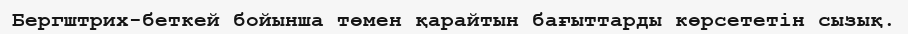
Бергштрих-беткей бойынша төмен қарайтын бағыттарды көрсететін сызық.